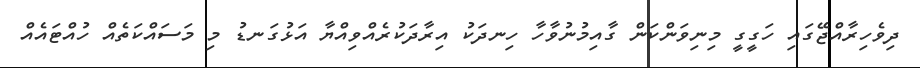
ދިވެހިރާއްޖޭގައި ހަގީގީ މިނިވަންކަން ގާއިމުނުވާހާ ހިނދަކު އިރާދަކުރެއްވިއްޔާ އަޅުގަނޑު މި މަސައްކަތެއް ހުއްޓައެއް